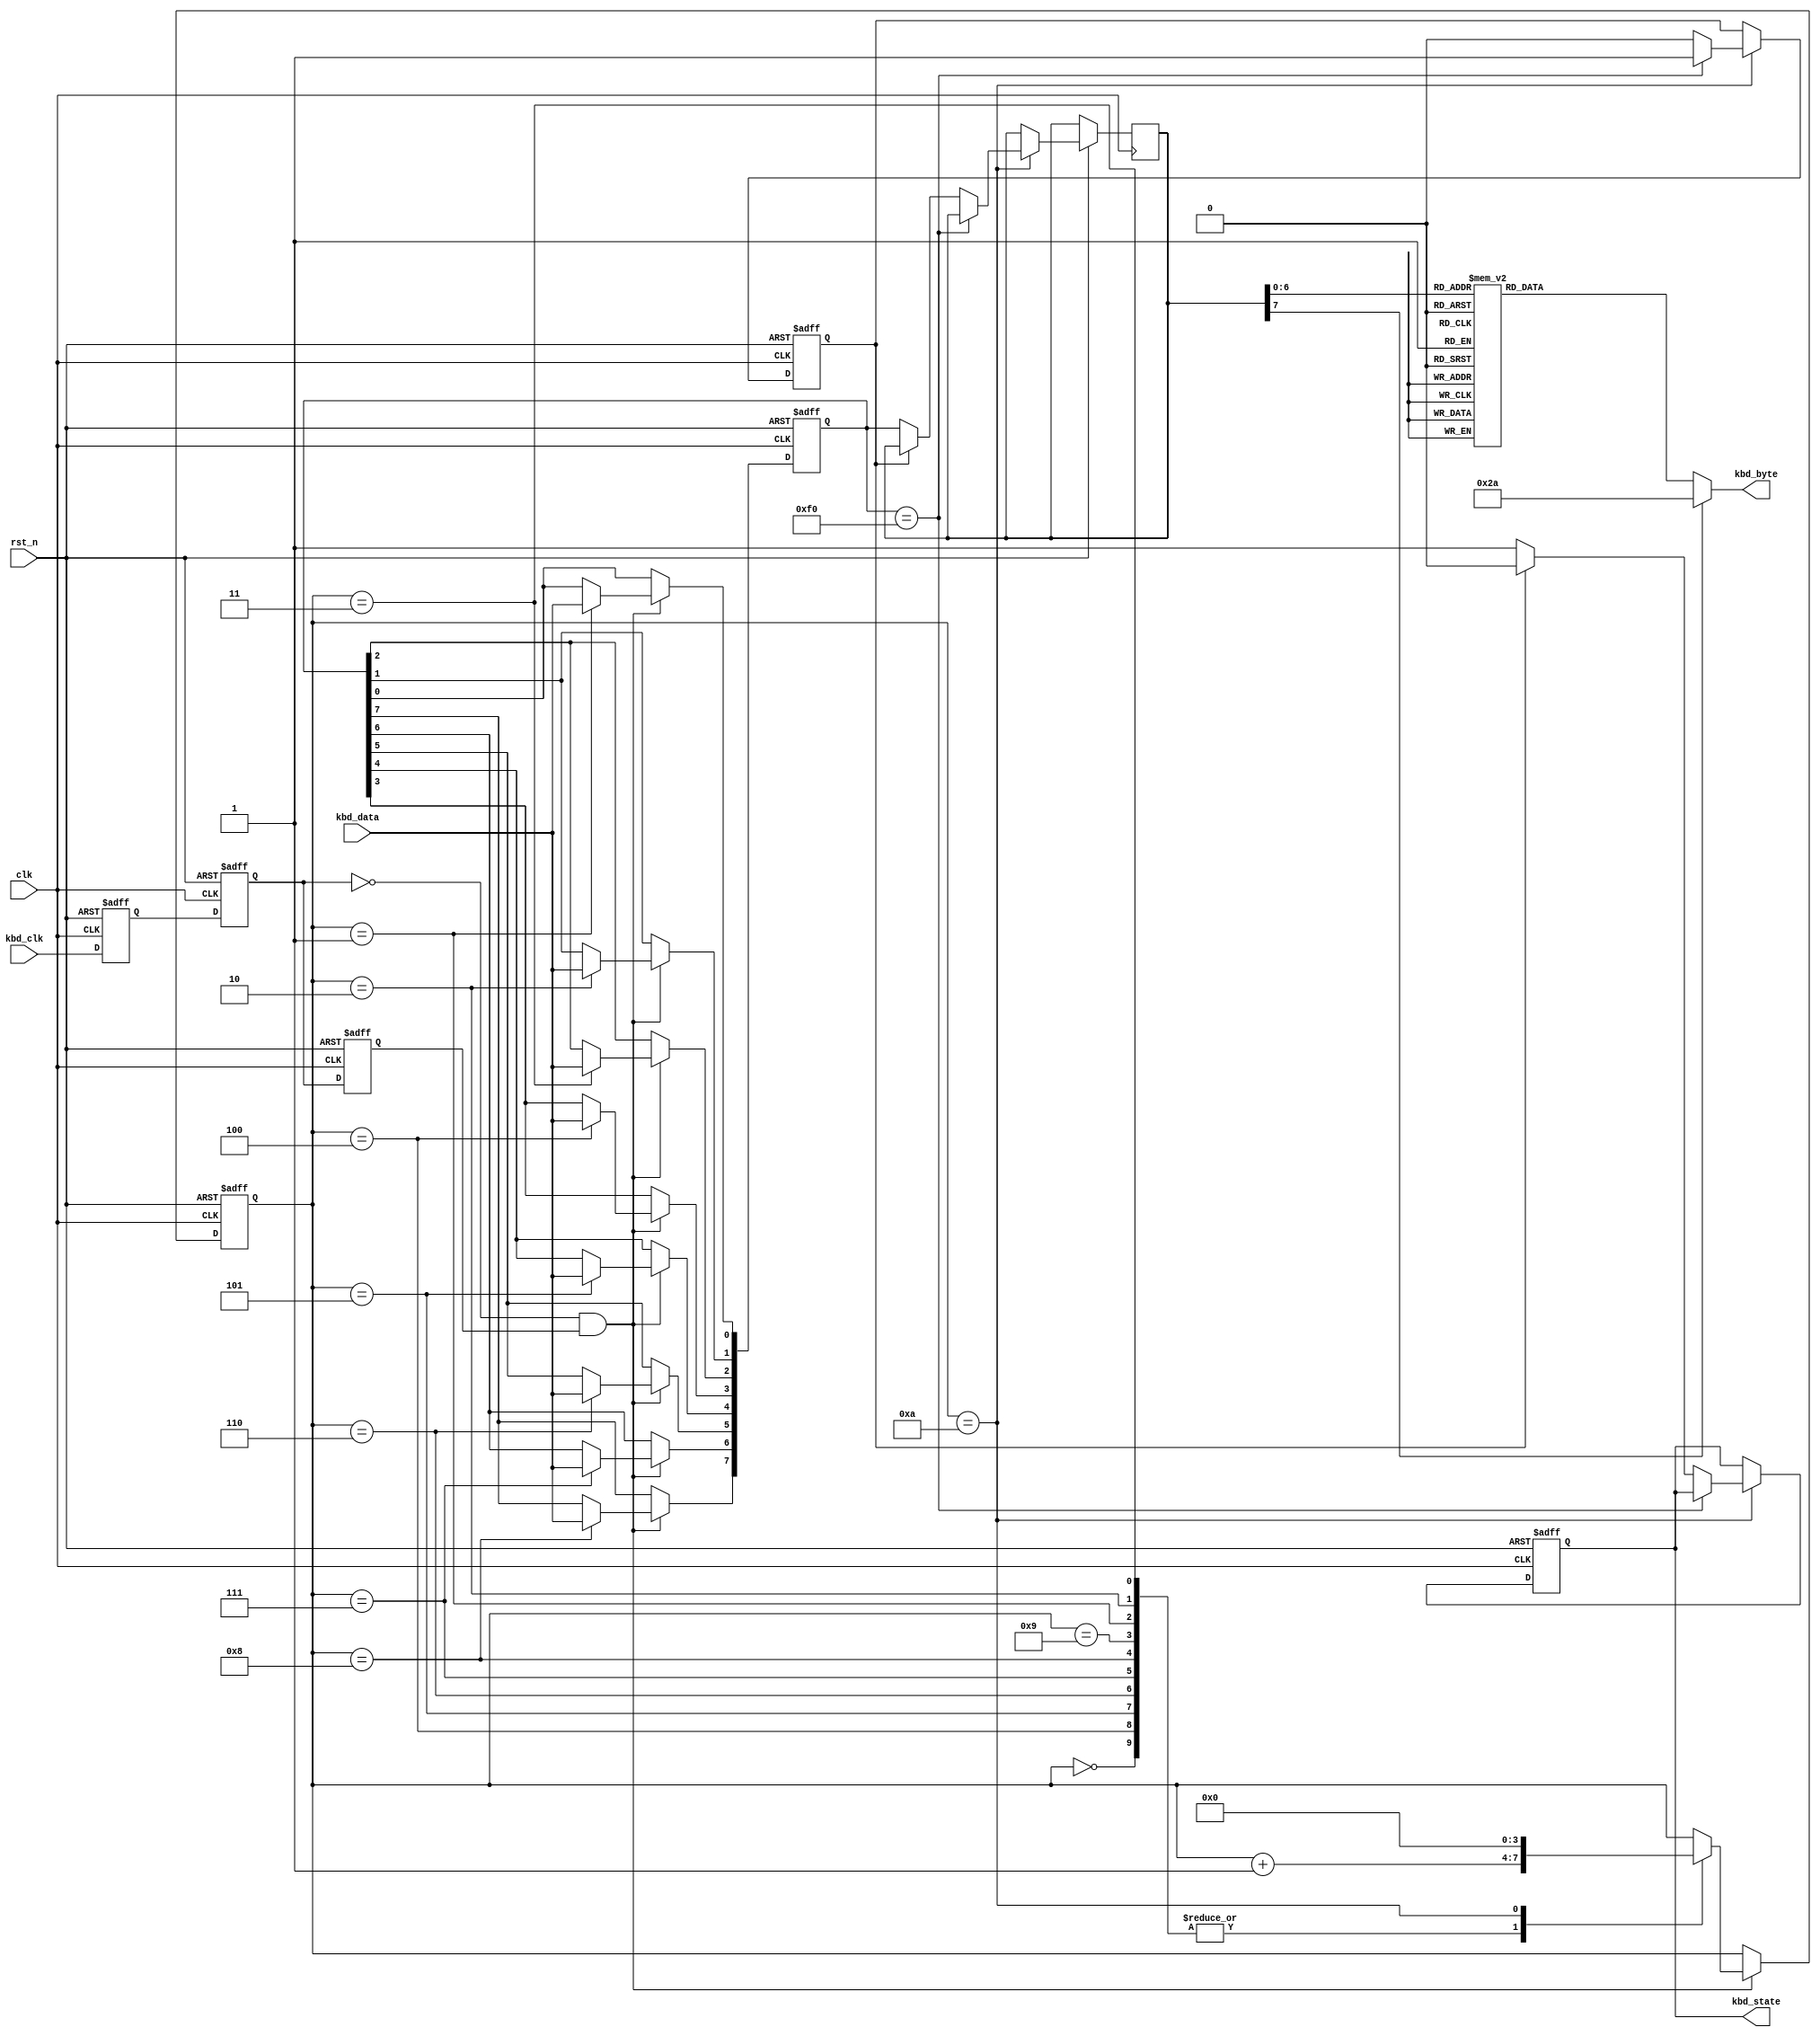
`timescale 1ns / 1ps

module Kbd_scan(clk,rst_n,kbd_clk,kbd_data,kbd_byte,kbd_state);

input clk;		
input rst_n;	
input kbd_clk;	
input kbd_data;		
output[7:0] kbd_byte;	//output corresponding ascii code
output kbd_state;		 

//------------------------------------------
reg kbd_clk_r0,kbd_clk_r1,kbd_clk_r2;	//kbd_clk state registers

//wire pos_kbd_clk; 	// kbd_clk posedge
wire neg_kbd_clk;	// kbd_clk negedge

always @ (posedge clk or negedge rst_n) begin
	if(!rst_n) begin
			kbd_clk_r0 <= 1'b0;
			kbd_clk_r1 <= 1'b0;
			kbd_clk_r2 <= 1'b0;
		end
	else begin								
			kbd_clk_r0 <= kbd_clk;
			kbd_clk_r1 <= kbd_clk_r0;
			kbd_clk_r2 <= kbd_clk_r1;
		end
end

assign neg_kbd_clk = ~kbd_clk_r1 & kbd_clk_r2;	//negedge

//------------------------------------------
reg[7:0] kbd_byte_r;		//one byte data save register 
reg[7:0] temp_data;			
reg[3:0] num;				//count 8 bits

always @ (posedge clk or negedge rst_n) begin
	if(!rst_n) begin
			num <= 4'd0;
			temp_data <= 8'd0;
		end
	else if(neg_kbd_clk) begin	
			case (num)
				4'd0:	num <= num+1'b1;
				4'd1:	begin
							num <= num+1'b1;
							temp_data[0] <= kbd_data;	//bit0
						end
				4'd2:	begin
							num <= num+1'b1;
							temp_data[1] <= kbd_data;	//bit1
						end
				4'd3:	begin
							num <= num+1'b1;
							temp_data[2] <= kbd_data;	//bit2
						end
				4'd4:	begin
							num <= num+1'b1;
							temp_data[3] <= kbd_data;	//bit3
						end
				4'd5:	begin
							num <= num+1'b1;
							temp_data[4] <= kbd_data;	//bit4
						end
				4'd6:	begin
							num <= num+1'b1;
							temp_data[5] <= kbd_data;	//bit5
						end
				4'd7:	begin
							num <= num+1'b1;
							temp_data[6] <= kbd_data;	//bit6
						end
				4'd8:	begin
							num <= num+1'b1;
							temp_data[7] <= kbd_data;	//bit7
						end
				4'd9:	begin
							num <= num+1'b1;
						end
				4'd10: begin
							num <= 4'd0;	//reset
						end
				default: ;
				endcase
		end	
end

reg key_f0;		//release statement 
reg kbd_state_r;	//kbd current state, kbd_state_r=1 represent key is pressed 

always @ (posedge clk or negedge rst_n) begin
	if(!rst_n) begin
			key_f0 <= 1'b0;
			kbd_state_r <= 1'b0;
		end
	else if(num==4'd10) begin	//after trans one byte data
			if(temp_data == 8'hf0) key_f0 <= 1'b1;
			else begin
					if(!key_f0) begin	//key is pressed 
							kbd_state_r <= 1'b1;
							kbd_byte_r <= temp_data;	//save current key value
						end
					else begin
							kbd_state_r <= 1'b0;
							key_f0 <= 1'b0;
						end
				end
		end
end

reg[7:0] ascii_code;	

always @ (kbd_byte_r) begin
	case (kbd_byte_r)		
       8'h45: ascii_code <= 8'h30;   // 0
       8'h16: ascii_code <= 8'h31;   // 1
       8'h1e: ascii_code <= 8'h32;   // 2
       8'h26: ascii_code <= 8'h33;   // 3
       8'h25: ascii_code <= 8'h34;   // 4
       8'h2e: ascii_code <= 8'h35;   // 5
       8'h36: ascii_code <= 8'h36;   // 6
       8'h3d: ascii_code <= 8'h37;   // 7
       8'h3e: ascii_code <= 8'h38;   // 8
       8'h46: ascii_code <= 8'h39;   // 9

       8'h1c: ascii_code <= 8'h41;   // A
       8'h32: ascii_code <= 8'h42;   // B
       8'h21: ascii_code <= 8'h43;   // C
       8'h23: ascii_code <= 8'h44;   // D
       8'h24: ascii_code <= 8'h45;   // E
       8'h2b: ascii_code <= 8'h46;   // F
       8'h34: ascii_code <= 8'h47;   // G
       8'h33: ascii_code <= 8'h48;   // H
       8'h43: ascii_code <= 8'h49;   // I
       8'h3b: ascii_code <= 8'h4a;   // J
       8'h42: ascii_code <= 8'h4b;   // K
       8'h4b: ascii_code <= 8'h4c;   // L
       8'h3a: ascii_code <= 8'h4d;   // M
       8'h31: ascii_code <= 8'h4e;   // N
       8'h44: ascii_code <= 8'h4f;   // O
       8'h4d: ascii_code <= 8'h50;   // P
       8'h15: ascii_code <= 8'h51;   // Q
       8'h2d: ascii_code <= 8'h52;   // R
       8'h1b: ascii_code <= 8'h53;   // S
       8'h2c: ascii_code <= 8'h54;   // T
       8'h3c: ascii_code <= 8'h55;   // U
       8'h2a: ascii_code <= 8'h56;   // V
       8'h1d: ascii_code <= 8'h57;   // W
       8'h22: ascii_code <= 8'h58;   // X
       8'h35: ascii_code <= 8'h59;   // Y
       8'h1a: ascii_code <= 8'h5a;   // Z

       8'h0e: ascii_code <= 8'h60;   // `
       8'h4e: ascii_code <= 8'h2d;   // -
       8'h55: ascii_code <= 8'h3d;   // <=
       8'h54: ascii_code <= 8'h5b;   // [
       8'h5b: ascii_code <= 8'h5d;   // ]
       8'h5d: ascii_code <= 8'h5c;   // \
       8'h4c: ascii_code <= 8'h3b;   // ;
       8'h52: ascii_code <= 8'h27;   // '
       8'h41: ascii_code <= 8'h2c;   // ,
       8'h49: ascii_code <= 8'h2e;   // .
       8'h4a: ascii_code <= 8'h2f;   // /

       8'h29: ascii_code <= 8'h20;   // (space)
       8'h5a: ascii_code <= 8'h0d;   // (enter, cr)
       8'h66: ascii_code <= 8'h08;   // (backspace)
       default: ascii_code <= 8'h2a; // *
		endcase
end

assign kbd_byte = ascii_code;	 
assign kbd_state = kbd_state_r;

endmodule